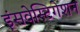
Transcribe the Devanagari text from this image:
इंसवेस्टिगेशन